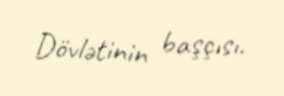
Dövlətinin başçısı.